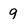
Character: 9